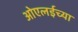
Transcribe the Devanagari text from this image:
ओएलईच्या